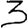
Digit: 3